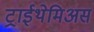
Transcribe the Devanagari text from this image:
ट्राईथेमिअस